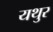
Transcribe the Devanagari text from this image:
यथुर